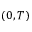
( 0 , T )